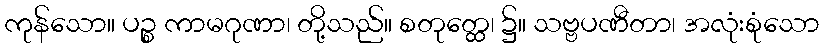
ကုန်သော။ ပဉ္စ ကာမဂုဏာ၊ တို့သည်။ စတုတ္ထေ၊ ၌။ သဗ္ဗပဏီတာ၊ အလုံးစုံသော